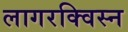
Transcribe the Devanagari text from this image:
लागरक्विस्न